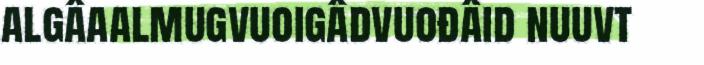
algâaalmugvuoigâdvuođâid nuuvt